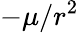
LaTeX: -\mu/r^{2}